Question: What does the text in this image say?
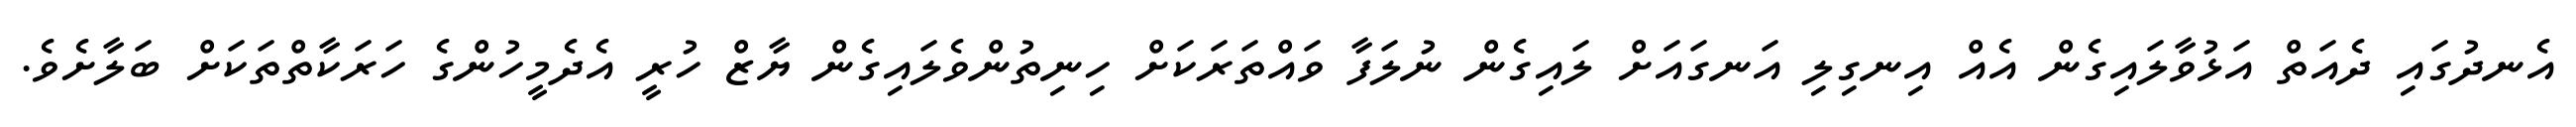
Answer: އެނދުގައި ދެއަތް އަޅުވާލައިގެން އެއް އިނގިލި އަނގައަށް ލައިގެން ނުލަފާ ވައްތަރަކަށް ހިނިތުންވެލައިގެން ޔާޒް ހުރީ އެދެމީހުންގެ ހަރަކާތްތަކަށް ބަލާށެވެ.